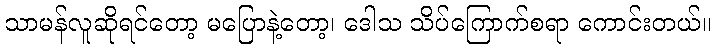
သာမန်လူဆိုရင်တော့ မပြောနဲ့တော့၊ ဒေါသ သိပ်ကြောက်စရာ ကောင်းတယ်။